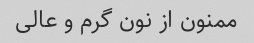
ممنون از نون گرم و عالی